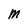
Character: M